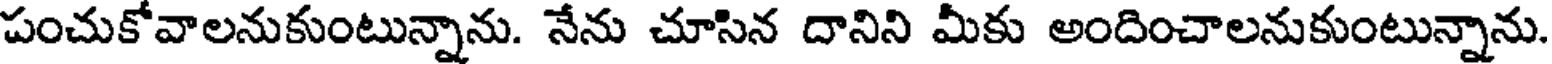
పంచుకోవాలనుకుంటున్నాను. నేను చూసిన దానిని మీకు అందించాలనుకుంటున్నాను.